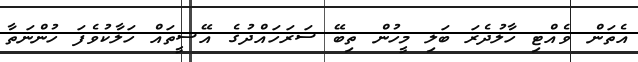
އެތަން ވެއްޓި ހާލުދެރަ ބަލި މީހުން ތިބޭ ސަރަހައްދުގެ އޭސީތައް ހަލާކުވެފަ ހުންނަތާ